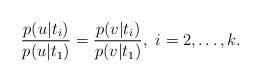
LaTeX: \begin{align*} \frac{p(u|t_i)}{p(u|t_1)}=\frac{p(v|t_i)}{p(v|t_1)}, \ i=2,\ldots,k.\end{align*}